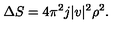
\Delta S = 4 \pi ^ { 2 } j | v | ^ { 2 } \rho ^ { 2 } .